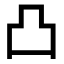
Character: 凸